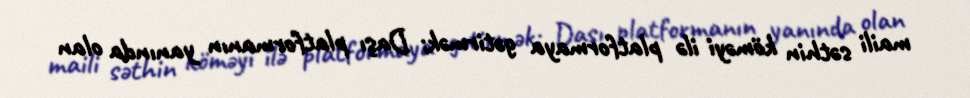
maili səthin köməyi ilə platformaya gətirmək; Daşı platformanın yanında olan